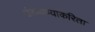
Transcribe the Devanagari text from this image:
उंचावण्याकरिता